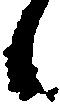
候